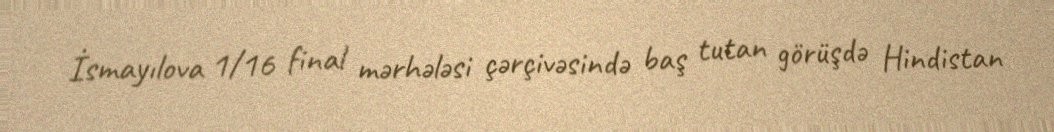
İsmayılova 1/16 final mərhələsi çərçivəsində baş tutan görüşdə Hindistan